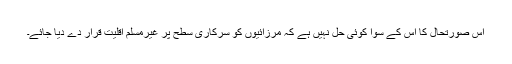
اس صورتحال کا اس کے سوا کوئی حل نہیں ہے کہ مرزائیوں کو سرکاری سطح پر غیرمسلم اقلیت قرار دے دیا جائے۔